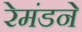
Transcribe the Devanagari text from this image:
रेमंडने